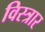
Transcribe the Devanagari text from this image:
विस्त्रार